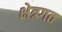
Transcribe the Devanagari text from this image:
क्षेत्रगत